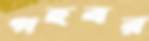
গহবর